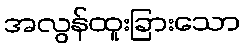
အလွန်ထူးခြားသော